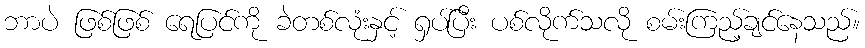
ဘာပဲ ဖြစ်ဖြစ် ရေပြင်ကို ခဲတစ်လုံးနှင့် ရှပ်ပြီး ပစ်လိုက်သလို စမ်းကြည့်ချင်နေသည်။